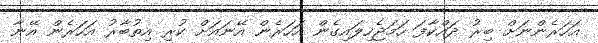
އަހަރެންނަށް ބިރު ދައްކާފަ ހަމަޖެހިލައިގެން އަހަރެން އޭނައަށް ކުރި އިތުބާރު އަހަރެން އޭނާ